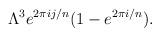
LaTeX: \begin{align*}\Lambda^3 e^{2 \pi ij/n} (1-e^{2 \pi i/n}).\end{align*}